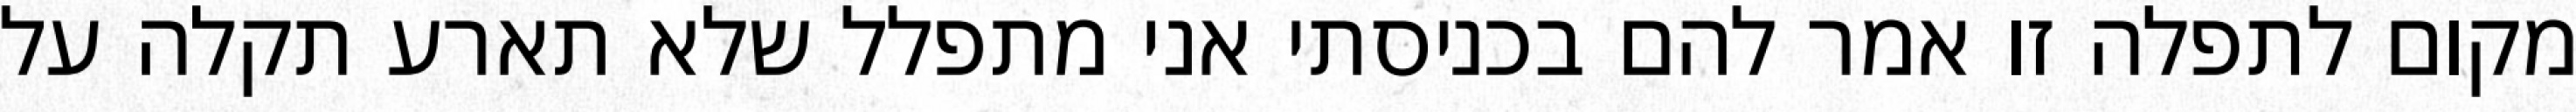
מקום לתפלה זו אמר להם בכניסתי אני מתפלל שלא תארע תקלה על